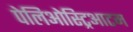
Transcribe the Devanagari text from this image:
पेलिओस्ट्रिआटम